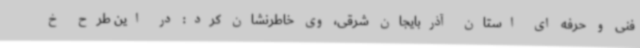
فنی و حرفه ای استان آذربایجان شرقی، وی خاطرنشان کرد: در این طرح خ